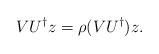
LaTeX: \begin{align*}VU^{\dagger}z=\rho(VU^{\dagger})z.\end{align*}